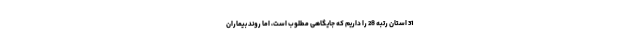
31 استان رتبه 28 را داریم که جایگاهی مطلوب است، اما روند بیماران